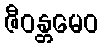
ဇီဝန္တမေဝ